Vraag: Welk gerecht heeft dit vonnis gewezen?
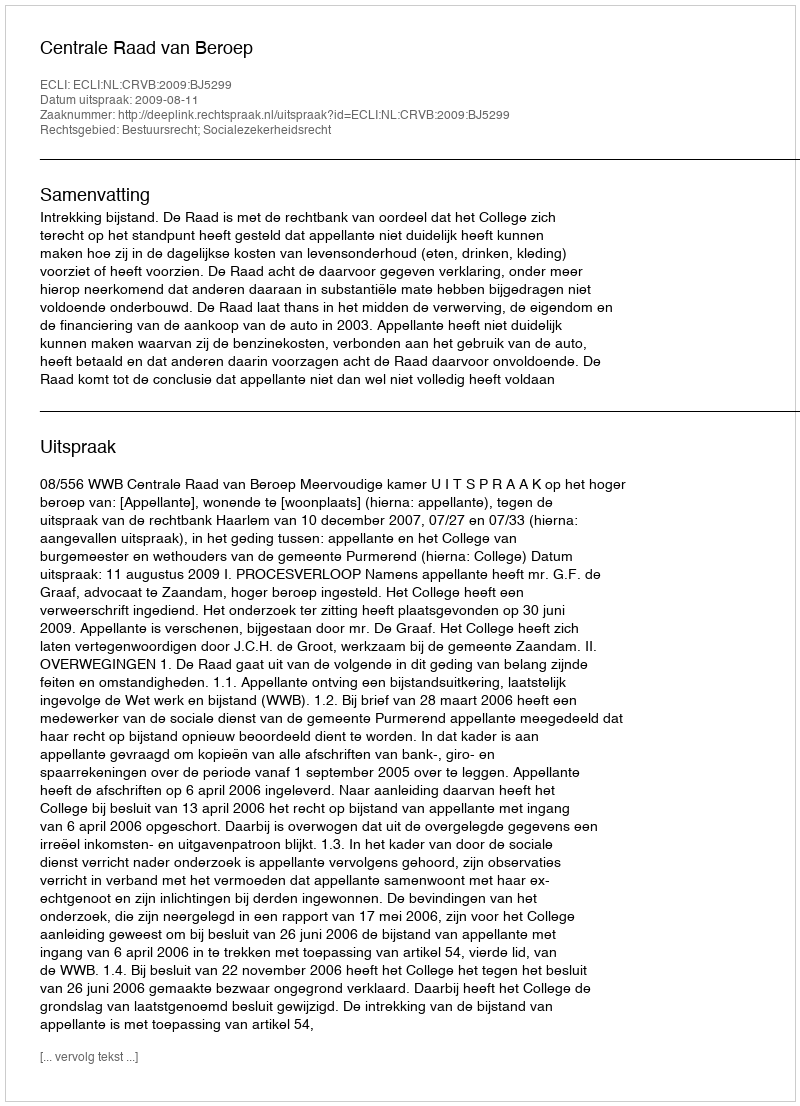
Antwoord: Centrale Raad van Beroep